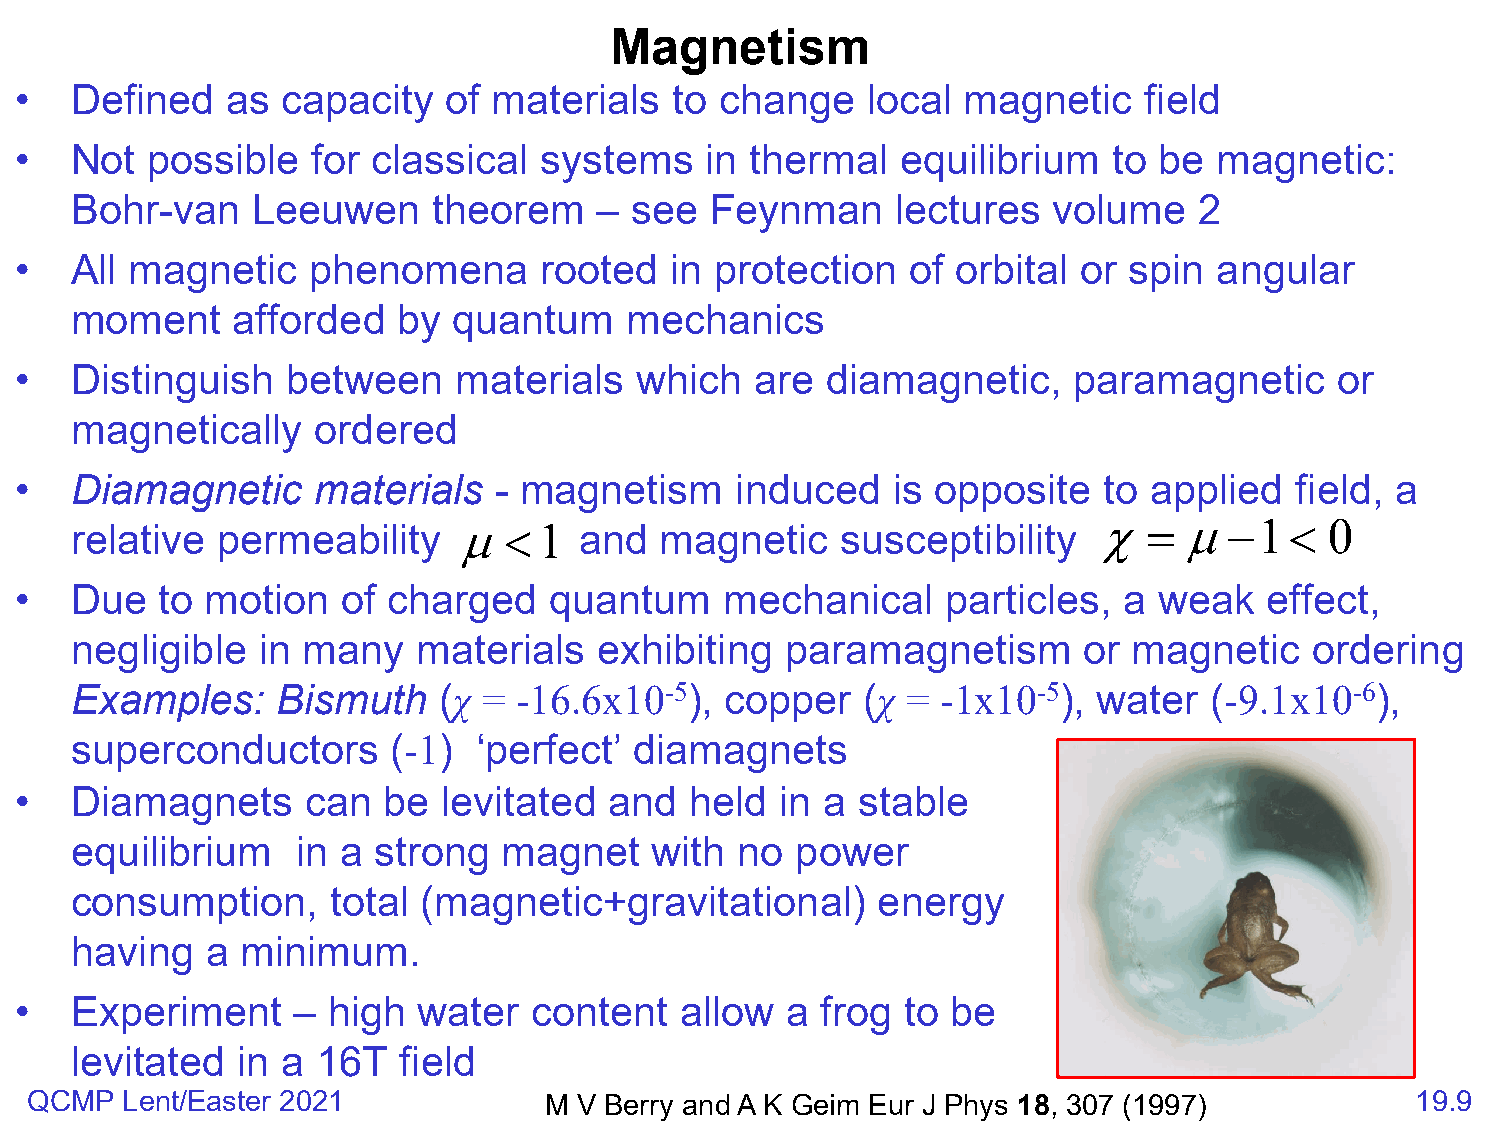
Magnetism
 •   Defined   as  capacity   of materials   to change   local  magnetic    field
 •   Not  possible   for classical  systems    in thermal   equilibrium   to be  magnetic:
 Bohr-van    Leeuwen     theorem   –  see  Feynman     lectures   volume   2
 •   All magnetic    phenomena      rooted  in protection   of orbital or  spin  angular
 moment    afforded   by  quantum    mechanics
 •   Distinguish   between    materials   which   are  diamagnetic,    paramagnetic      or
 magnetically    ordered
 •   Diamagnetic     materials   - magnetism     induced   is opposite   to applied   field, a
 relative permeability    µ  <  1 and   magnetic    susceptibility   χ=   µ−1<      0
 •   Due   to motion   of charged   quantum     mechanical     particles, a  weak   effect,
 negligible  in many    materials   exhibiting  paramagnetism       or magnetic    ordering
 Examples:    Bismuth    (χ = -16.6x10-5),  copper   (χ = -1x10-5),  water  (-9.1x10-6),
 superconductors      (-1)  ‘perfect’ diamagnets
 •   Diamagnets     can  be  levitated  and   held  in a stable
 equilibrium    in a strong  magnet    with  no  power
 consumption,     total (magnetic+gravitational)      energy
 having   a minimum.
 •   Experiment    –  high  water  content   allow  a frog  to be
 levitated  in a 16T  field
 QCMP  Lent/Easter 2021            M V Berry and A K Geim Eur J Phys 18, 307 (1997)          19.9